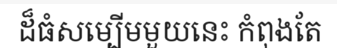
ដ៏ធំសម្បើមមួយនេះ កំពុងតែ